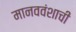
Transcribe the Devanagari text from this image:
मानववंशाची